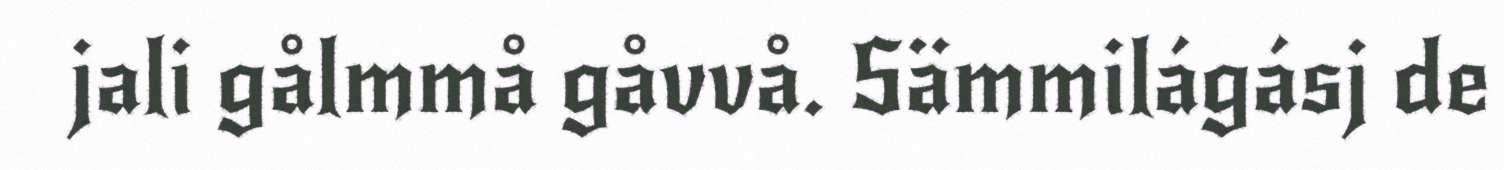
jali gålmmå gåvvå. Sämmilágásj de